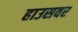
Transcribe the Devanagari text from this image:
हाउसवर